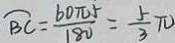
\widehat { B C } = \frac { 6 0 \pi 5 } { 1 8 0 } = \frac { 5 } { 3 } \pi